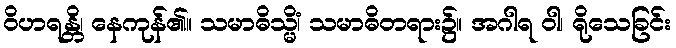
ဝိဟရန္တိ၊ နေကုန်၏။ သမာဓိသ္မိံ၊ သမာဓိတရား၌။ အဂါရ ဝါ၊ ရိုသေခြင်း